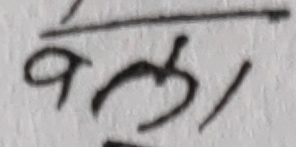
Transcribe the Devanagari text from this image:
बल१